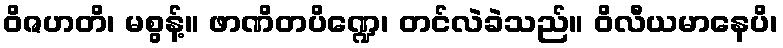
ဝိဇဟတိ၊ မစွန့်။ ဖာဏိတပိဏ္ဍေ၊ တင်လဲခဲသည်။ ဝိလီယမာနေပိ၊